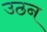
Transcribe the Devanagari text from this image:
उठन